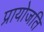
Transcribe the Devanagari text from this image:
प्रायोजति